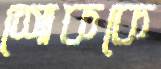
শোককে